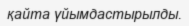
қайта үйымдастырылды.